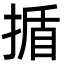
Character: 揗